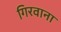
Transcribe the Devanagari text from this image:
गिरवाना